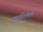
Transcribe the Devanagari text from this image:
गृहविशेषके